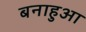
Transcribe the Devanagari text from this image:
बनाहुआ